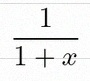
\frac{1}{1+x}